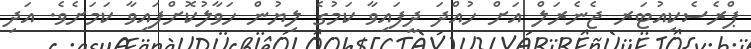
ޕްރެސެކިއުޓަރ ޖެނެރަލް އަށް ހުއްދަ ދީފައިވާ ކަމުގެ ލިޔުން ހަވާލުކޮށްފައިވާ ކަމަށެވެ. އަދި